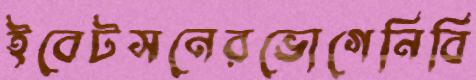
ইবেটসনেরভোগেনিবি